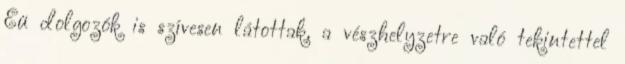
Eü dolgozók is szívesen látottak, a vészhelyzetre való tekintettel